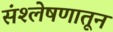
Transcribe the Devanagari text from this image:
संश्लेषणातून